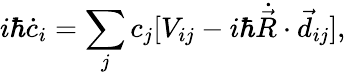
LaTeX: i\hbar\dot{c}_{i}=\sum_{j}c_{j}[V_{ij}-i\hbar\dot{\vec{R}}\cdot\vec{d}_{ij}],